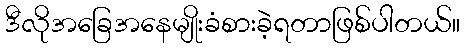
ဒီလိုအခြေအနေမျိုးခံစားခဲ့ရတာဖြစ်ပါတယ်။